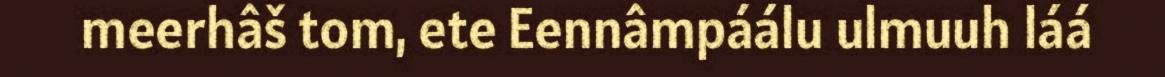
meerhâš tom, ete Eennâmpáálu ulmuuh láá